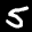
Label: 5